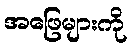
အဖြေများကို